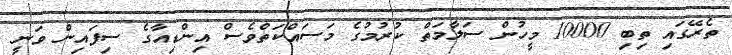
ތެރޭގައި ތިބި 10000 މީހުން ސަލާމަތް ކުރުމުގެ މަސައްކަތްވެސް އިންޑިއާގެ ސިފައިން ވަނީ